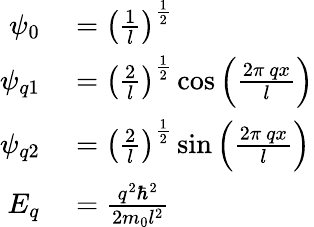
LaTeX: \begin{array}{rl}{\psi_{0}}&{{}=\left({\frac{1}{l}}\right)^{\frac{1}{2}}}\\ {\psi_{q1}}&{{}=\left({\frac{2}{l}}\right)^{\frac{1}{2}}\cos{\left({\frac{2\pi\ qx}{l}}\right)}}\\ {\psi_{q2}}&{{}=\left({\frac{2}{l}}\right)^{\frac{1}{2}}\sin{\left({\frac{2\pi\ qx}{l}}\right)}}\\ {E_{q}}&{{}={\frac{q^{2}\hbar^{2}}{2m_{0}l^{2}}}}\end{array}